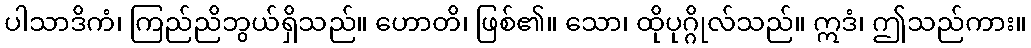
ပါသာဒိကံ၊ ကြည်ညိဘွယ်ရှိသည်။ ဟောတိ၊ ဖြစ်၏။ သော၊ ထိုပုဂ္ဂိုလ်သည်။ ဣဒံ၊ ဤသည်ကား။